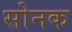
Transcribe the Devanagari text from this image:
सोनक